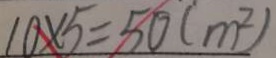
1 0 \times 5 = 5 0 ( m ^ { 2 } )